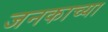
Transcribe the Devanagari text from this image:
जनकाच्या